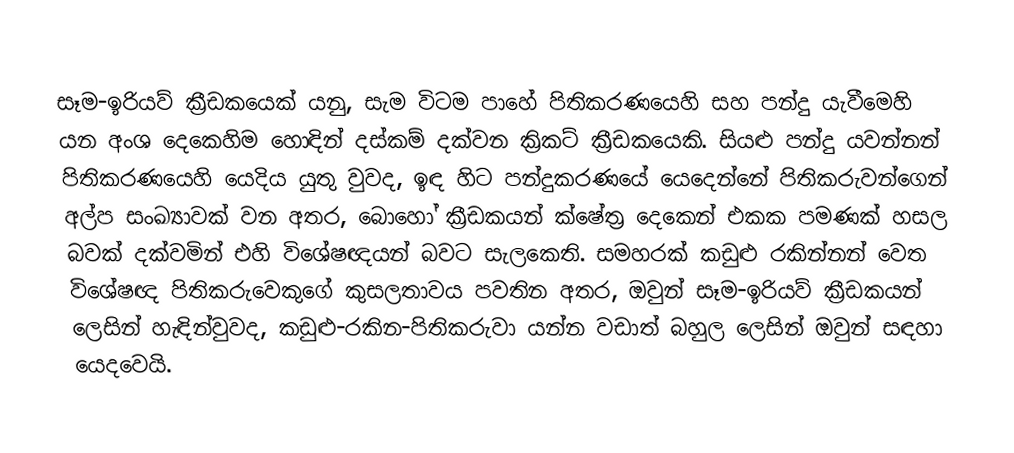
සෑම-ඉරියව් ක්‍රීඩකයෙක් යනු,  සැම විටම පාහේ පිතිකරණයෙහි සහ පන්දු යැවීමෙහි යන අංශ දෙකෙහිම හොඳින් දස්කම් දක්වන ක්‍රිකට් ක්‍රීඩකයෙකි. සියළු පන්දු යවන්නන් පිතිකරණයෙහි යෙදිය යුතු වුවද, ඉඳ හිට පන්දුකරණයේ  යෙදෙන්නේ පිතිකරුවන්ගෙන් අල්ප සංඛ්‍යාවක් වන අතර, බොහෝ ක්‍රීඩකයන් ක්ෂේත්‍ර දෙකෙන් එකක පමණක් හසල බවක් දක්වමින් එහි විශේෂඥයන් බවට සැලකෙති.  සමහරක් කඩුළු රකින්නන්  වෙත විශේෂඥ පිතිකරුවෙකුගේ කුසලතාවය පවතින අතර, ඔවුන් සෑම-ඉරියව් ක්‍රීඩකයන් ලෙසින් හැඳින්වුවද,  කඩුළු-රකින-පිතිකරුවා යන්න වඩාත් බහුල ලෙසින් ඔවුන් සඳහා යෙදවෙයි.